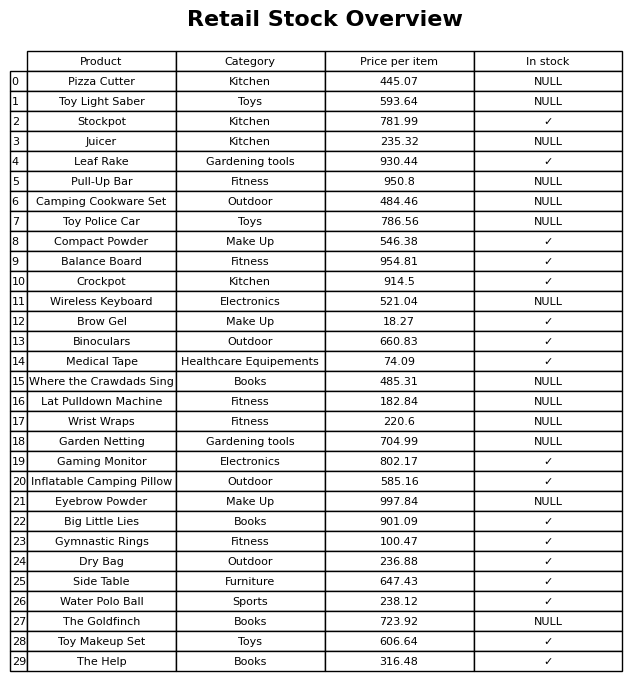
question: What is the price for Dry Bag?
answer: The price of Dry Bag is 236.88.